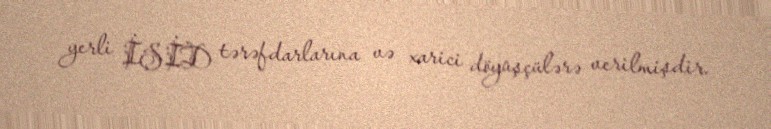
yerli İŞİD tərəfdarlarına və xarici döyüşçülərə verilmişdir.